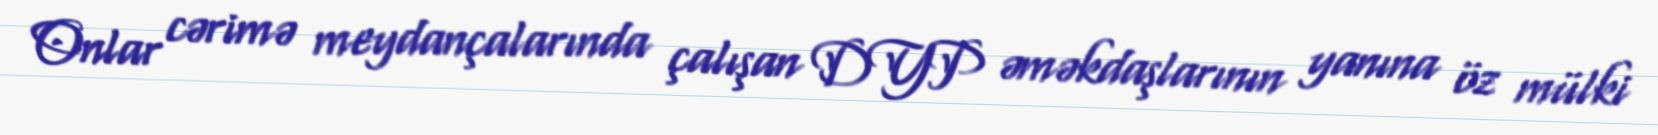
Onlar cərimə meydançalarında çalışan DYP əməkdaşlarının yanına öz mülki